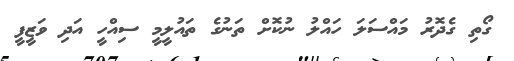
ގޯތި ގެދޮރު މައްސަލަ ހައްލު ނުކޮށް ތަނުގެ ތައުލީމީ ސިއްހީ އަދި ވަޒީފީ